Report on vaccination in Madras 1922-1929 - 1922-1929
Year: 1922
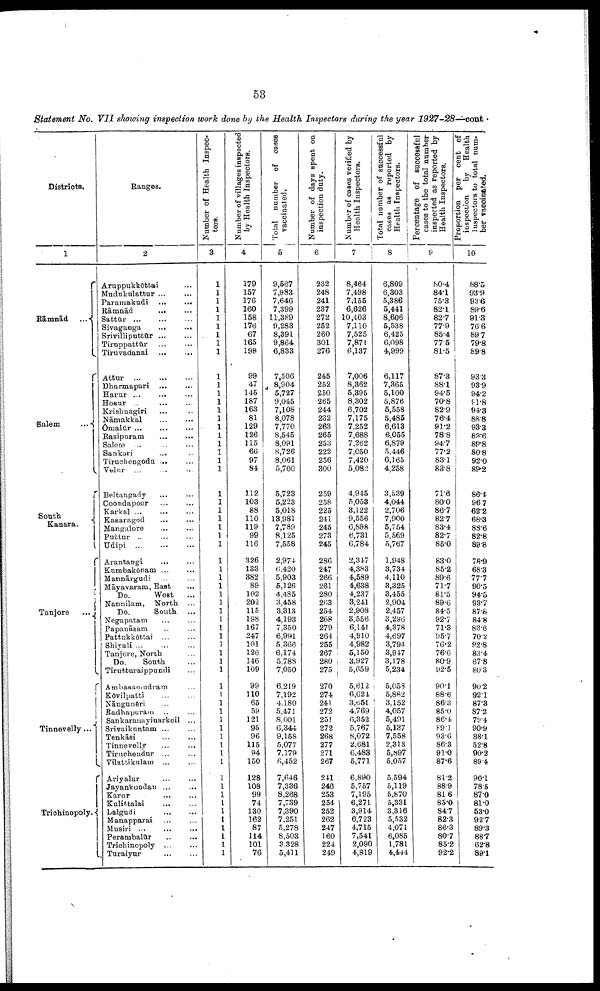
53
Statement No. VII showing inspection work done by the Health Inspectors during the year 1927-28—cont.
Districts.
1
Rāmnād
...
Salem
...
South
Kanara.
Tanjore ...
Tinnevelly...
Trichinopoly.
Ranges.
2
Aruppukkōttai …
Mudukulattur … …
Paramakudi
…
…
Rāmnād
…
…
Sattūr … … …
Sivaganga … …
Srivilliputtūr ... ...
Tiruppattūr … …
Tiruvadanai … …
Attur
…
…
…
Dharmapari ... …
Harur ...
... …
Hosur … … …
Krishnagiri … …
Nāmakkal … …
Ōmalūr … … …
Rasipuram … …
Salem … … …
Sankuri … …
Tiruchengodu ... ...
Velur ... ... ...
Beltangady ... ...
Coondapoor
...
...
Karkal
...
...
...
Kasaragod ... ...
Mangalore ... ...
Puttur
...
...
...
Udipi ...
...
...
Arantangi ... ...
Kumbakōnam … …
Mānnārgudi ... ...
Māyavaram, East …
Do.
West …
Nannilam, North …
Do.
South …
Negapatam … …
Papanāsam … …
Pattukkōttai ... …
Shiyali ... … …
Tanjore, North …
Do.
South …
Tirutturaippundi …
Ambasamudram …
Kōvilpatti
…
…
Nāngunēri … …
Radhapuram … …
Sankaranayinarkoil ...
Srivaikuntam ... ...
Tenkāsi … … …
Tinnevelly … …
Tiruchendur … …
Vilattikulam ... …
Ariyalur
...
...
Jayankondan ... …
Karur
…
…
Kulittalai
…
…
Lalgudi
…
…
Manapparai … …
Musiri ... … …
Perambalūr
…
…
Trichinopoly ... …
Turaiyur … …
Number of Health Inspec
tors.
3
1
1
1
1
1
1
1
1
1
1
1
1
1
1
1
1
1
1
1
1
1
1
1
1
1
1
1
1
1
1
1
1
1
1
1
1
1
1
1
1
1
1
1
1
1
1
1
1
1
1
1
1
1
1
1
1
1
1
1
1
1
1
Number of villages inspected
by Health Inspectors.
4
179
157
176
160
158
176
67
165
196
99
47
145
187
163
81
129
126
115
66
97
84
112
103
88
110
119
99
116
326
133
882
89
102
202
115
198
167
247
101
126
146
109
99
110
65
59
121
95
96
115
94
150
128
108
99
74
130
162
87
114
101
76
Total number of cases
vaccinated.
5
9,587
7,983
7,646
7,399
11,389
9,283
8,391
9,864
6,833
7,506
8,904
5,727
9,045
7,108
8,078
7,770
8,545
8,091
8,726
8,061
5,700
5,723
5,223
5,018
13,981
7,789
8,125
7,558
2,974
6,420
5,903
5,126
4,485
3,458
3,313
4,193
7,350
6,991
5,366
6,174
5,788
7,050
6,219
7,192
4,180
5,471
8,001
6,344
9,158
5,077
7,179
6,452
7,646
7,336
8,268
7,739
7,390
7,251
5,278
8,503
3,328
5,411
Number of days spent on
inspection duty.
6
232
248
241
237
272
252
260
301
276
245
252
250
265
244
232
263
265
253
222
256
300
259
258
225
241
245
273
245
286
247
266
261
280
263
254
268
279
264
255
267
280
275
270
274
241
272
251
272
268
277
271
267
241
246
253
254
252
262
247
160
224
249
Number of cases verified by
Health Inspectors.
7
8,464
7,498
7,155
6,626
10,403
7,110
7,525
7,871
6,137
7,006
8,362
5,395
8,302
6,702
7,175
7,252
7,688
7,262
7,050
7,420
5,082
4,945
5,053
3,122
9,556
6,898
6,731
6,784
2,347
4,383
4,589
4,638
4,237
3,241
2,908
3,556
6,141
4,910
4,982
5,150
3,927
5,659
5,612
6,624
3,65l
4,769
6,352
5,767
8,072
2,681
6,483
5,771
6,890
5,757
7,195
6,271
3,914
6,723
4,715
7,541
2,090
4,819
Total number of successful
cased as reported by
Health Inspectors.
8
6,809
6,303
5,386
5,441
8,606
5,538
6,425
6,098
4,999
6,117
7,365
5,100
5,876
6,558
5,485
6,613
6,055
6,879
5,446
6,165
4,258
3,539
4,044
2,706
7,900
5,754
5,569
5,767
1,948
3,734
4,110
3,325
3,455
2,904
2,457
3,296
4,378
4,697
3,794
3,947
3,178
5,234
5,058
5,882
3,152
4,057
5,491
5,137
7,558
2,313
5,897
5,057
5,594
5,119
5,870
5,331
3,316
5,532
4,071
6,085
1,781
4,444
Percentage of successful
cases to the total number
inspected as reported by
Health Inspectors.
9
80.4
84.1
75.3
82.1
82.7
77.9
85.4
77.5
81.5
87.3
88.1
94.5
70.8
82.9
76.4
91.2
78.8
94.7
77.2
83.1
83.8
71.6
80.0
86.7
82.7
83.4
82.7
85.0
83.0
85.2
89.6
71.7
81.5
89.6
84.5
92.7
71.3
95.7
76.2
76.6
80.9
92.5
90.1
88.6
86.3
85.0
86.4
89.1
93.6
86.3
91.0
87.6
81.2
88.9
81.6
85.0
84.7
82.3
86.3
80.7
85.2
92.2
Proportion per cent or
inspection
by
Health
Inspectors
to total num¬
ber vaccinated.
10
88.5
93.9
93.6
89.6
91.3
76.6
89.7
79.8
89.8
93.3
93.9
94.2
81.8
94.3
88.8
93.3
89.6
89.8
80.0
92.0
89.2
86.4
96.7
62.2
68.3
88.6
82.8
89.8
78.9
68.3
77.7
90.5
94.5
93.7
87.8
84.8
83.6
70.2
92.8
83.4
67.8
80.3
90.2
92.1
87.3
87.2
79.4
90.9
88.1
52.8
90.2
89.4
90.1
78.5
87.0
81.0
53.0
92.7
89.3
88.7
62.8
89.1